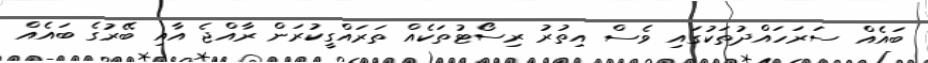
ބައެއް ސަރަހައްދުތަކުގައި ވެސް އިތުރު ރިސޯޓުތަކެއް ތަރައްގީކުރަން ރާއްޖެ އާއި ބޭރުގެ ބައެއް